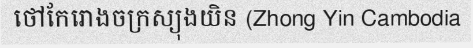
ថៅកែរោងចក្រស្យុងយិន (Zhong Yin Cambodia